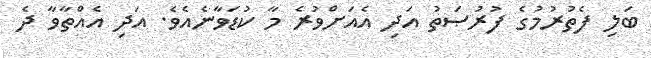
ބަލި ފެތުރުމުގެ ފުރުޞަތު އަދި އެއަށްވުރެ މާ ކުޑަވާނެއެވެ. އަދި އެއްތާވާ ދެ